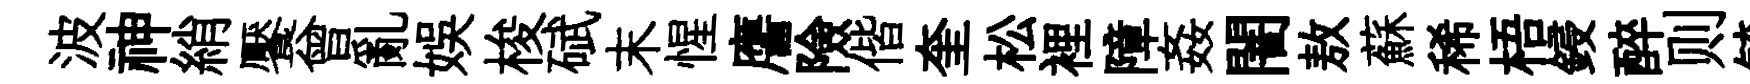
波神綃饜曾亂娱梭碔末惺譍險偕奎松裡障姦闇敖蘇稀梧鋟醉则毓